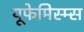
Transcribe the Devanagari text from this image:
यूफेमिस्म्स